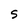
Character: S